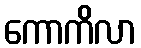
ကောကိလာ